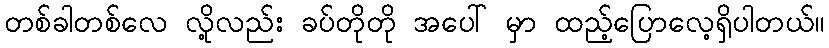
တစ်ခါတစ်လေ လို့လည်း ခပ်တိုတို အပေါ် မှာ ထည့်ပြောလေ့ရှိပါတယ်။